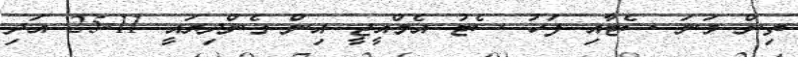
ތިން ވަނަ ސެޓާއި ފަހު ސެޓު އެމްއީޖީ އިން ގެންދިޔައީ 11-25 އަދި